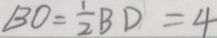
B O = \frac { 1 } { 2 } B D = 4